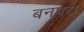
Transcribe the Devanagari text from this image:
बनपरा